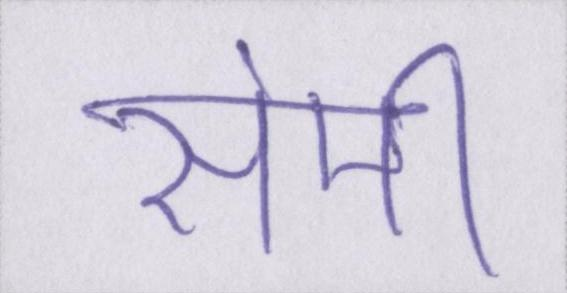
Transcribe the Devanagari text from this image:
सेमी